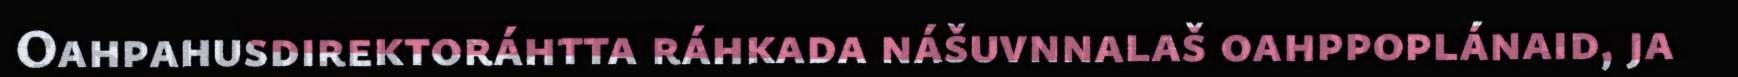
Oahpahusdirektoráhtta ráhkada nášuvnnalaš oahppoplánaid, ja